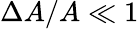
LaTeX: \Delta A/A\ll 1